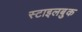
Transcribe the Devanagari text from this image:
स्टाइलबुक